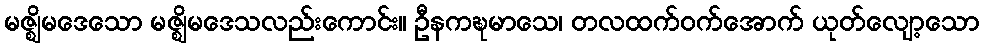
မဇ္ဈိမဒေသော မဇ္ဈိမဒေသလည်းကောင်း။ ဦနကဍ္ဎမာသေ၊ တလထက်ဝက်အောက် ယုတ်လျော့သော